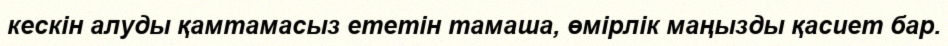
кескін алуды қамтамасыз ететін тамаша, өмірлік маңызды қасиет бар.